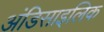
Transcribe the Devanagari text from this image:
अंडिसाइलिक